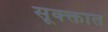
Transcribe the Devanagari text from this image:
सूक्क्तात